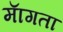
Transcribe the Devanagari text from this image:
माॅगता